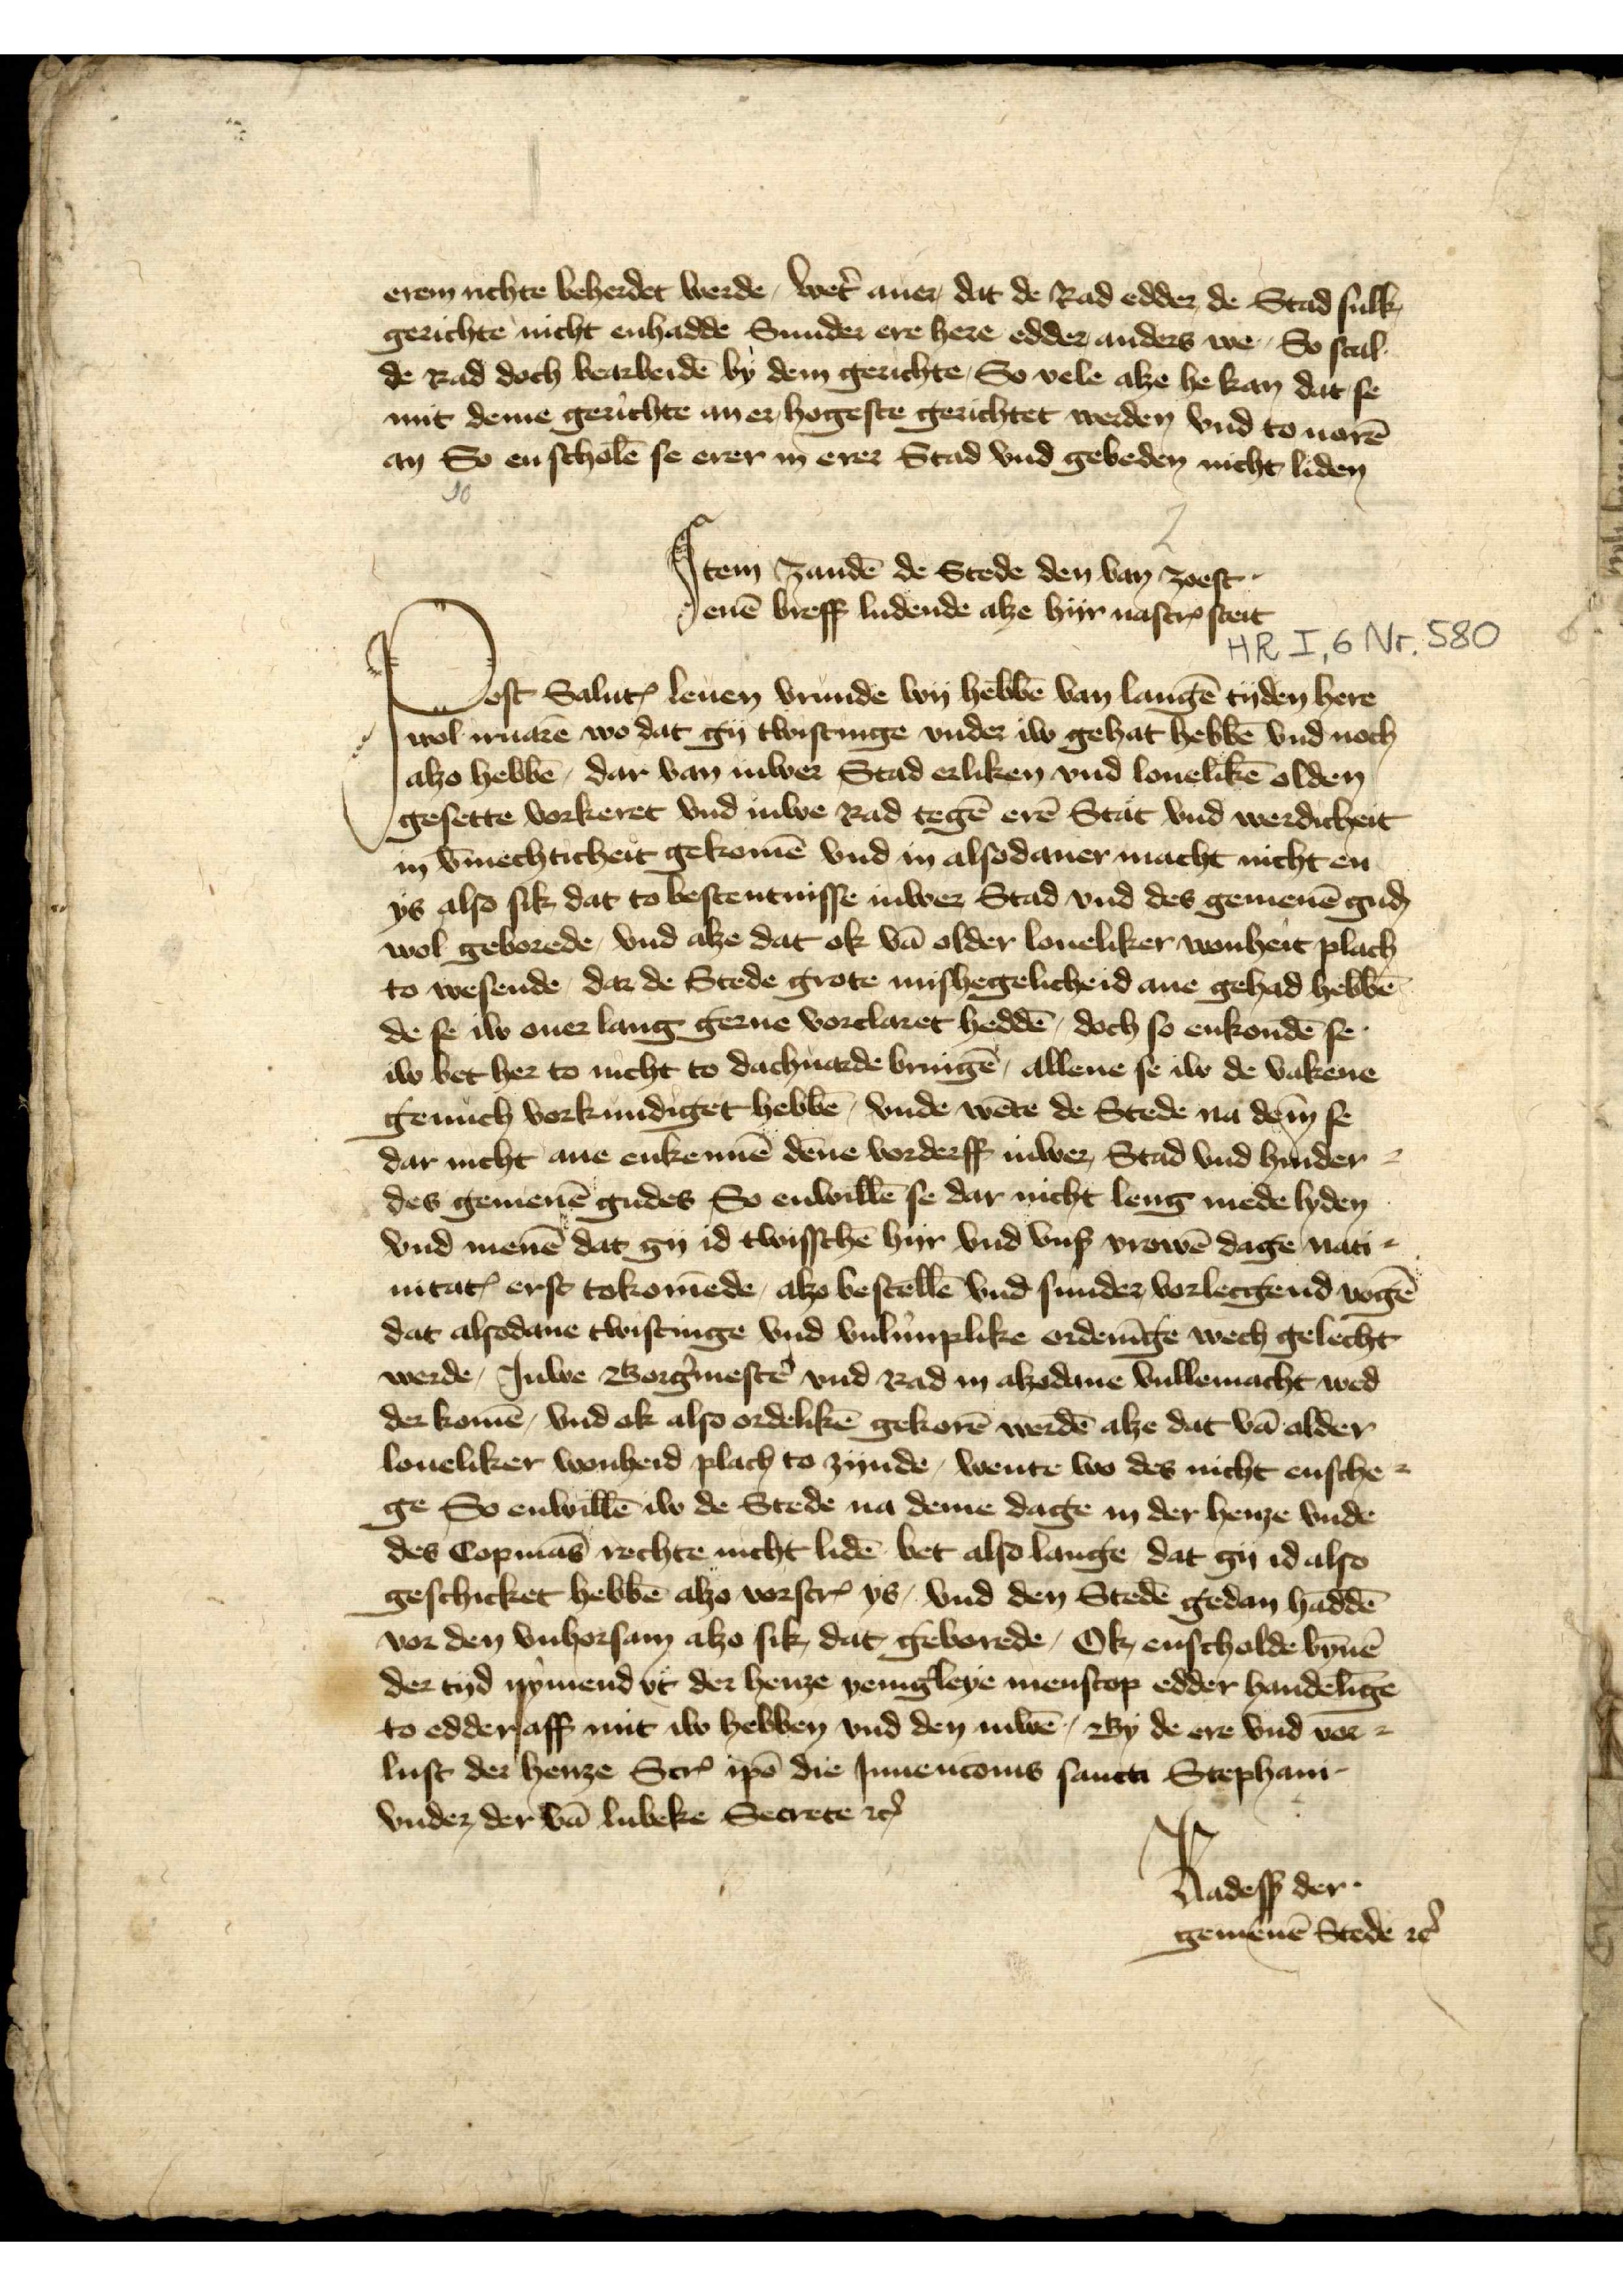
erem richte beherdet werde, wet̉ auer, dat de Rad edder de Stad sulk
gerichte nicht enhadde Sunder ere here edder anders we So scal
de Rad doch bearbeidē by dem gerichte, So vele alze he kan dat se
mit deme gerichte auer hogeste gerichtet werden vnd to uorē
an So en scholē se erer in erer Stad vnd gebeden nicht liden

Jtem zandē de Stede hen van zoest
enē breff ludende alze hyr nascrꝬ steit

Post Saluꝷ leuen vrunde wy hebbē van langē tyden here
alzoe hebbē, dar van iuwer Stad erliken vnd louelikē olden
gesette vorkeret vnd Juwe Rad tegē erē Stat vnd werdicheit
in v̄meichticheit gekomē vnd in alsodaner macht nicht en
ys also sik dat to bestentnisse iuwer Stad vnd des gemenē guḑ
wol geborede, vnd alze dat ok vā older loueliker wonheit plach
to wesende, dar de Stede grote mishegelicheid ane gehad hebbē
de se iw ouer lang gerne vorclaret heddē, doch so enkondē se
iw bet her to nucht to dachuarde bringē, allene se iw de vakene
genuch vorkundiget hebbē, vnde wēte de Stede na dem se
dar nicht ane enkennē dēne vorderff iuwer Stad vnd hinder
des gemenē gudes, So enwillē se dar nicht leng mede lyden
vnd menē dat gy id twisschē hyr vnd vnß vrowē dage nati¬
nitaꝷ erste tokomēde, alzo bestellē vnd sunder vorlecgend vogē
dat alsodane twistinge vnd vulunplike ordenīge wech gelecht
werde, Juwe Borg̉mestẻ vnd Rad in alzodane vullemacht wed¬
der komē, vnd ok also ordelikē gekorē werdē alze dat vā older
loueliker wonheid plach to zynde. wente wo des nicht ensche¬
ge So enwillē iw de Stede na deme dage in der henze vnde
des Copmās rechte nicht lidē bet also lange dat gy id also
geschicket hebbē alzo vorscrꝬ ys, vnd den Stedē gedan haddē
vor den vnhorsam alzo sik, dat geborede, Ok enscholde bȳnē
der tyd nymend vt der henze yenig̉leye menscop edder handelīge
to edder aff mit iw hebben vnd den iuwē , By de ere vnd vor¬
lust der henze ScrꝬ ipō die Jnnencoms sancta Stephani
vnder der vā Lubeke Secrete etꝬ
Radesß der
gemenē Stede etꝬ